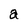
Character: a